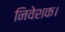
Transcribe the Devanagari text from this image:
निवेशक।